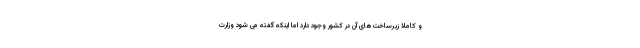
و کاملاً زیرساخت‌های آن در کشور وجود دارد اما اینکه گفته می شود وزارت